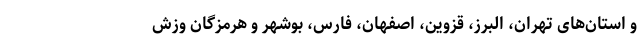
و استان‌های تهران، البرز، قزوین، اصفهان، فارس، بوشهر و هرمزگان وزش